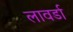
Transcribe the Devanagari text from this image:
लावर्डा